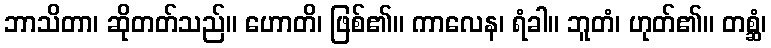
ဘာသိတာ၊ ဆိုတတ်သည်။ ဟောတိ၊ ဖြစ်၏။ ကာလေန၊ ရံခါ။ ဘူတံ၊ ဟုတ်၏။ တစ္ဆံ၊